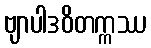
ဗျာပါဒဝိတက္ကဿ